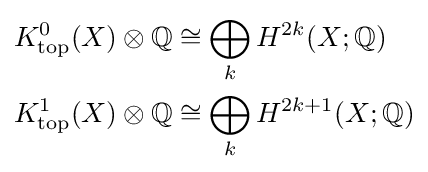
{\begin{aligned}K_{\text{top}}^{0}(X)\otimes \mathbb {Q} &\cong \bigoplus _{k}H^{2k}(X;\mathbb {Q} )\\K_{\text{top}}^{1}(X)\otimes \mathbb {Q} &\cong \bigoplus _{k}H^{2k+1}(X;\mathbb {Q} )\end{aligned}}